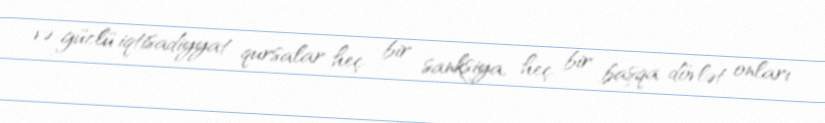
və güclü iqtisadiyyat qursalar heç bir sanksiya, heç bir başqa dövlət onları